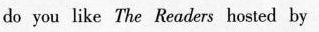
do you like The Readers hosted by